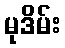
မုဒိမ်း